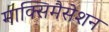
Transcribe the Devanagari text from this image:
माक्सिमैसेशन